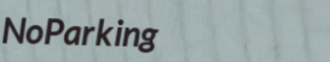
NoParking